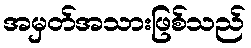
အမှတ်အသားဖြစ်သည်